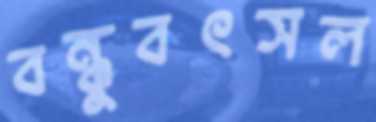
বন্ধুবৎসল